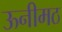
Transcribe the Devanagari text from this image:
ऊनीमठ